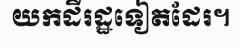
យកដីរដ្ឋទៀតដែរ។